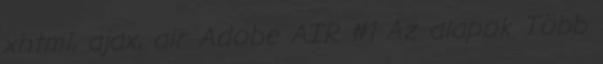
xhtml, ajax, air Adobe AIR #1 Az alapok Több